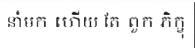
នាំមក ហើយ តែ ពួក ភិក្ខុ